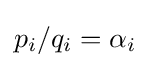
p_{i}/q_{i}=\alpha _{i}